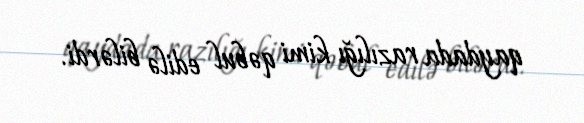
qaydada razılığı kimi qəbul edilə bilərdi.